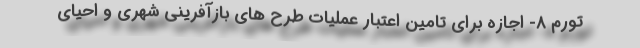
تورم ۸- اجازه برای تامین اعتبار عملیات طرح های بازآفرینی شهری و احیای